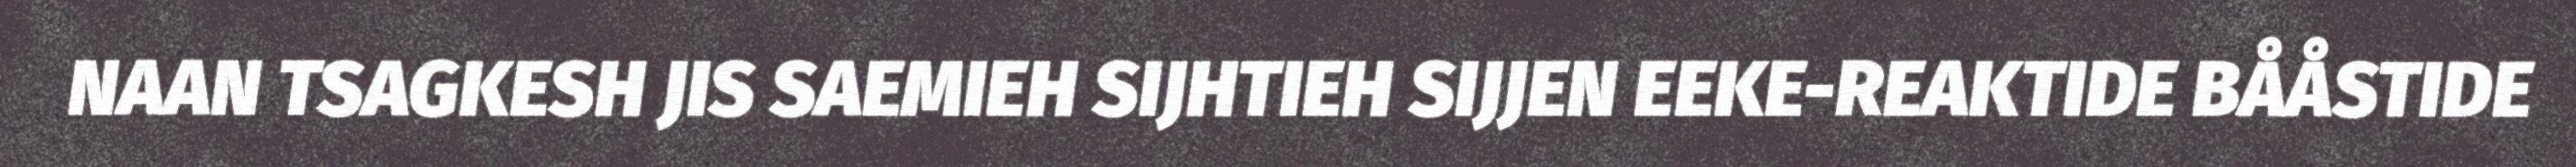
NAAN TSAGKESH JIS SAEMIEH SIJHTIEH SIJJEN EEKE-REAKTIDE BÅÅSTIDE